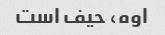
اوه، حیف است